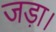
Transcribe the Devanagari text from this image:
जड़ा।